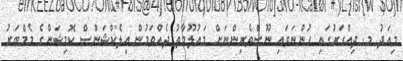
މިއަދު މ. ދިއްގަރުގައި ހުންނަވައި ނޫސްވެރިންނަށް މައުލޫމާތު ދެއްވަމުން އިލެކްޝަންސް ކޮމިޝަންގެ މެމްބަރު